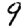
Digit: 9